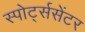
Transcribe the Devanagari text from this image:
स्पोर्ट्ससेंटर